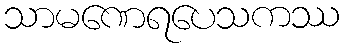
သာမဏေရပေသကဿ